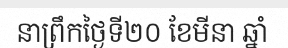
នាព្រឹកថ្ងៃទី២០ ខែមីនា ឆ្នាំ